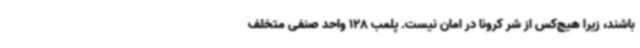
باشند، زیرا هیچ‌کس از شر کرونا در امان نیست. پلمب 128 واحد صنفی متخلف